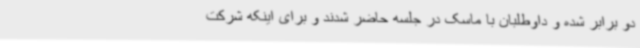
دو برابر شده و داوطلبان با ماسک در جلسه حاضر شدند و برای اینکه شرکت